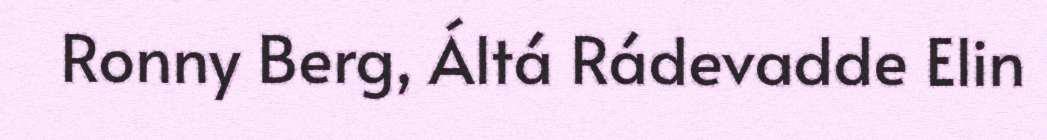
Ronny Berg, Áltá Rádevadde Elin